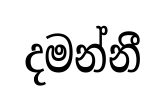
දමන්නී